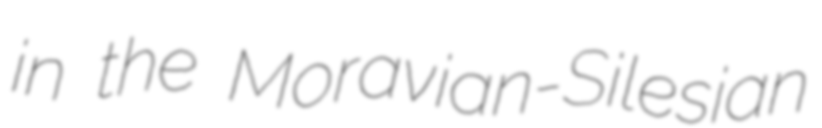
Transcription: in the Moravian-Silesian